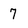
Character: 7